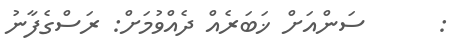
:      ސަންއަށް ޚަބަރެއް ދެއްވުމަށް: ރަސްގެފާނު